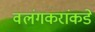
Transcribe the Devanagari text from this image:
वलंगकरांकडे